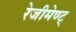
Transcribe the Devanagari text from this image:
रेजीमेण्ट्